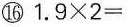
⑯$$1 . 9 × 2 =$$